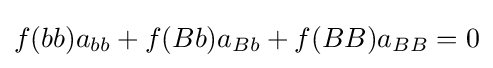
f(bb)a_{bb}+f(Bb)a_{Bb}+f(BB)a_{BB}=0